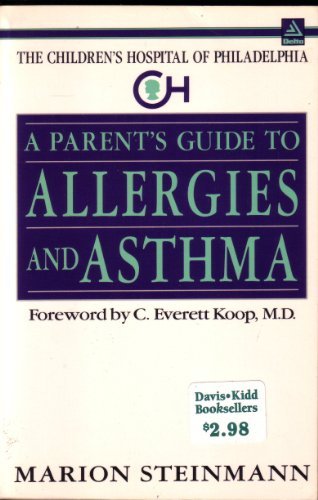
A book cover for The Parent's Guide to Allergies and Asthma (Children's Hospital of Philadelphia Series); Marion Steinmann; Health, Fitness & Dieting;